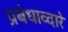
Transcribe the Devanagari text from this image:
प्रबंधाव्दारे